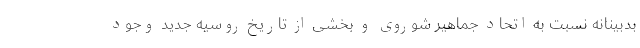
بدبینانه نسبت به اتحاد جماهیر شوروی و بخشی از تاریخ روسیه جدید وجود